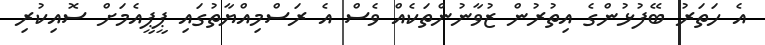
އެ ހަތަރު ބޭފުޅުންގެ އިތުރުން ޒުވާނުންތަކެއް ވެސް އެ ރަސްމިއްޔާތުގައި ޕީޕީއެމަށް ސޮއިކުރި